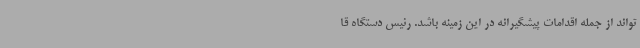
تواند از جمله اقدامات پیشگیرانه در این زمینه باشد. رئیس دستگاه قا